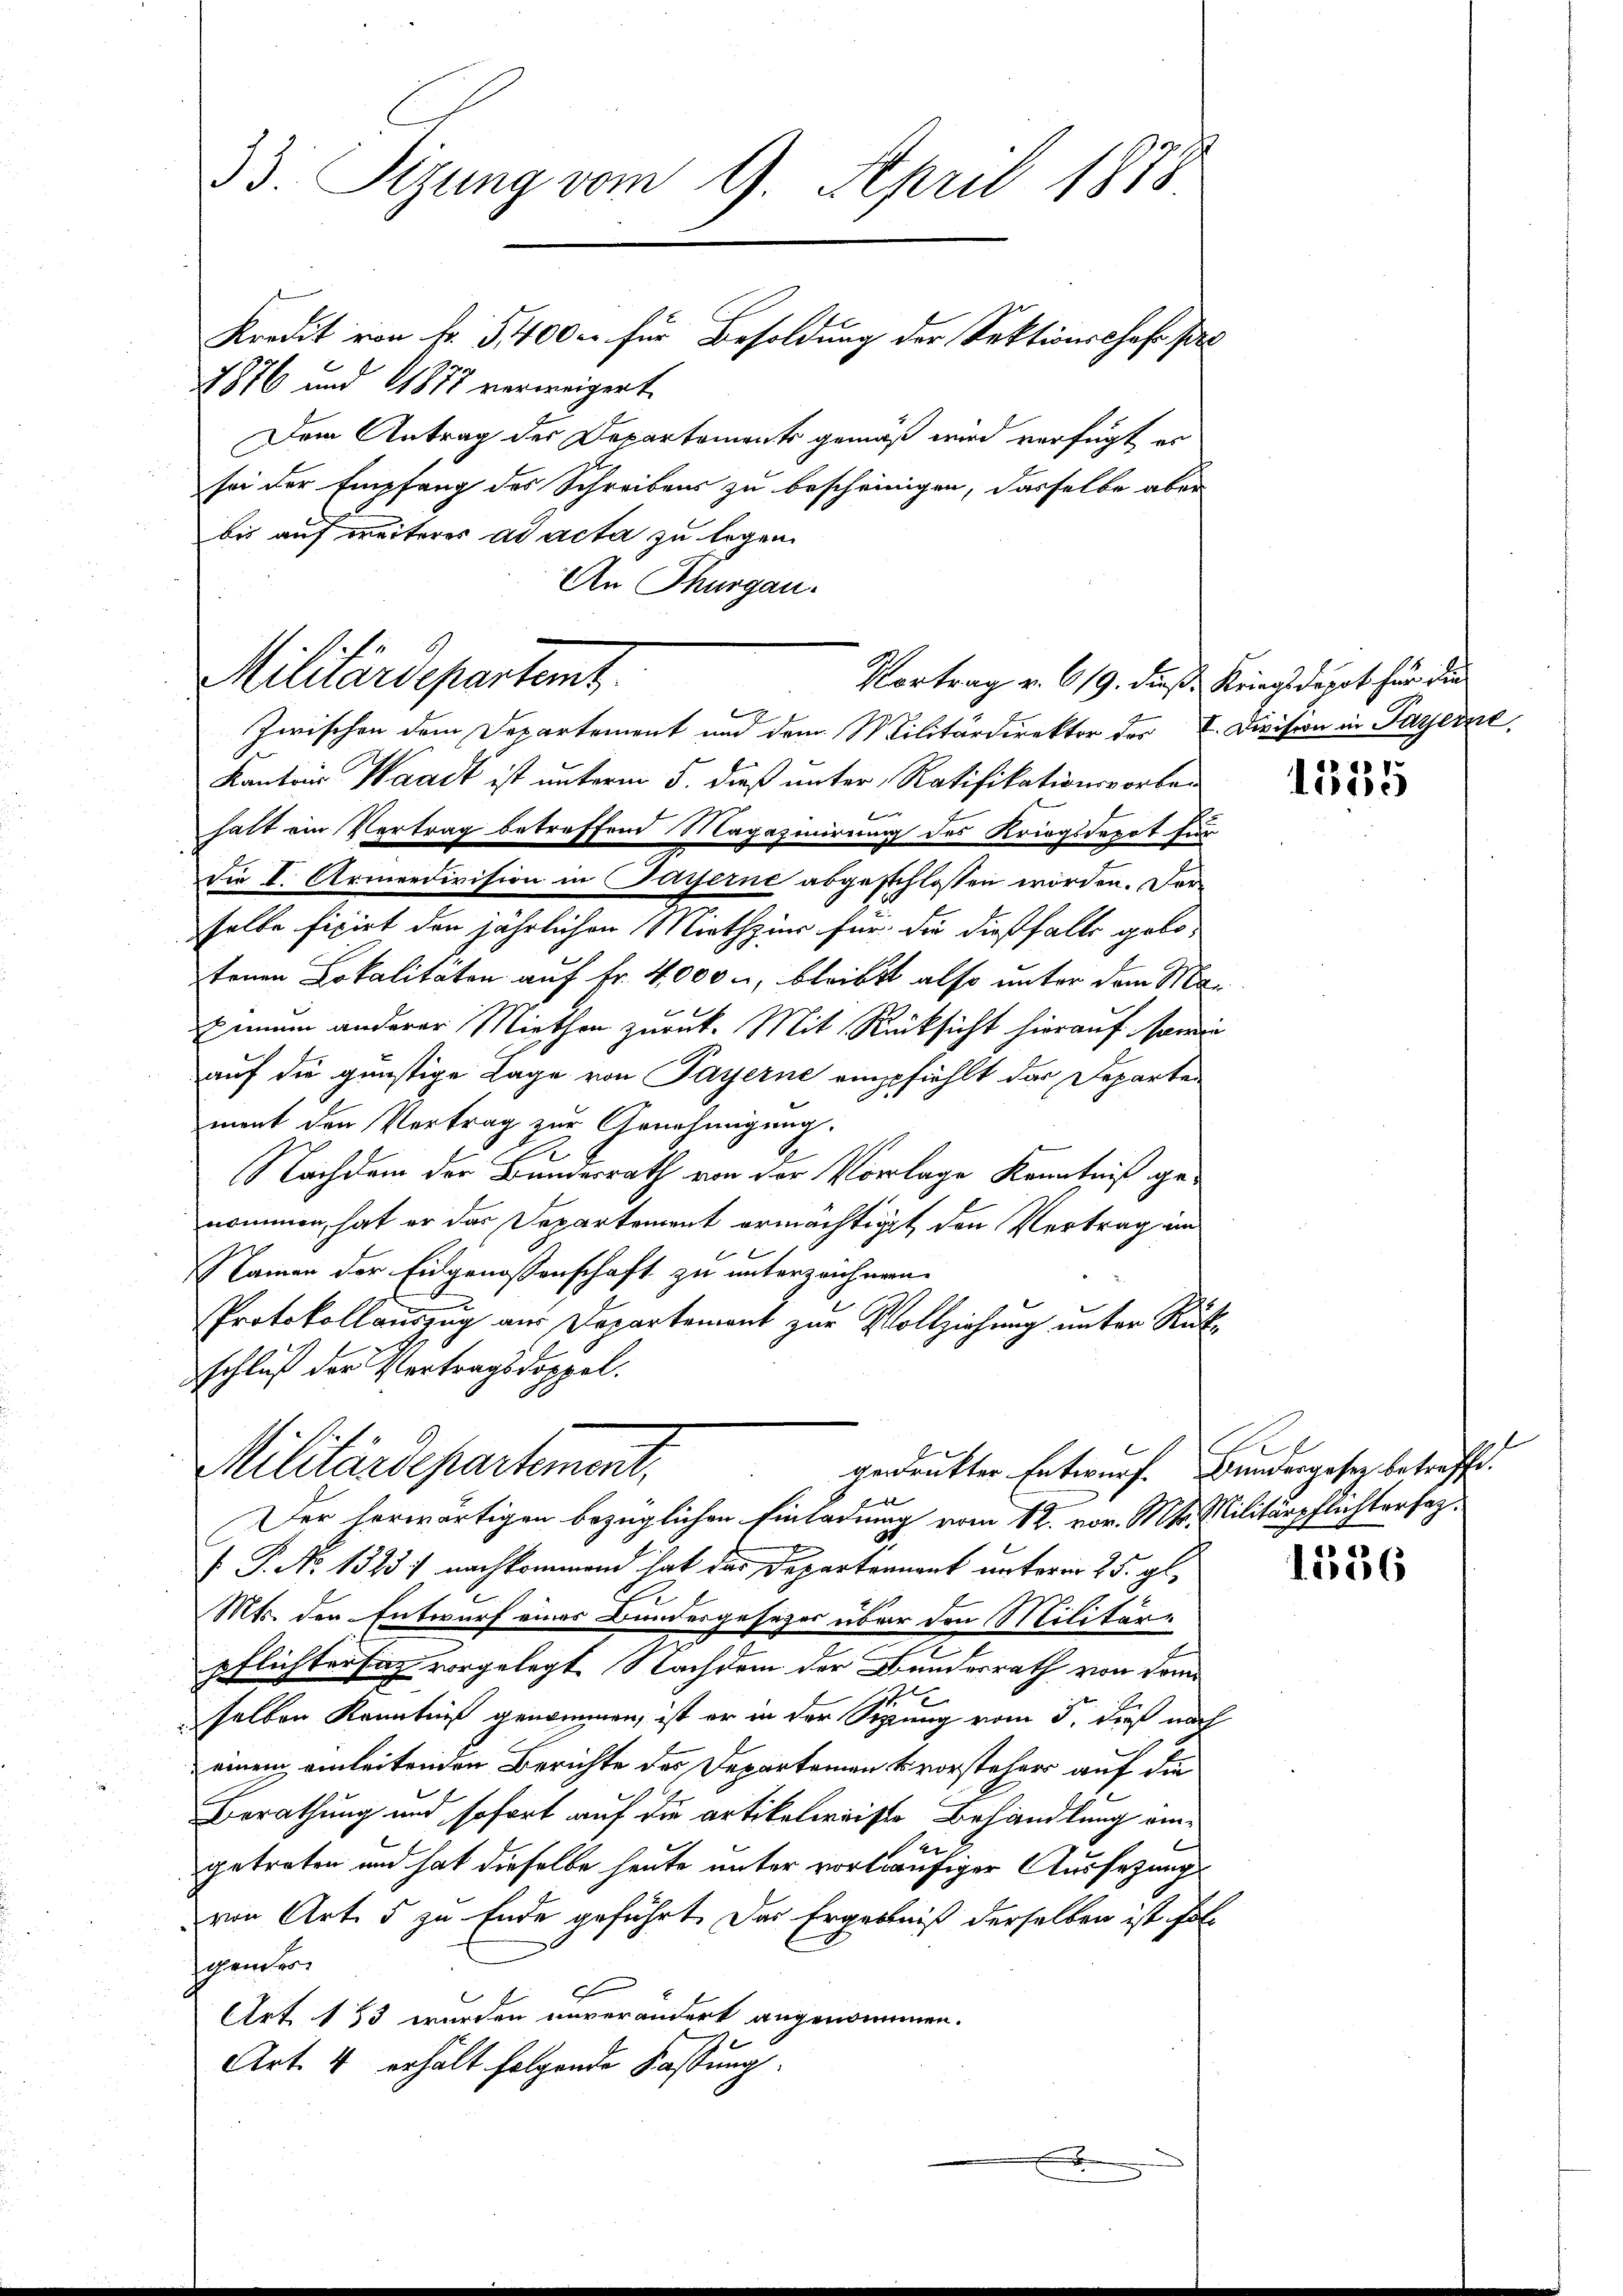
An Thurgau.

33. Tizung vom 9. April 1878
Kredit von f. 5400. für Besoldung der Sektionschaft pro
7876 und 1877 verweigert.
Dem Antrag des Departements gemäß wird verfügt er
sei der Empfang des Schreibens zu bescheinigen, dasselbe aber
bis auf weiteres ad acta zu legen.

Militärdepartamt.
Vortrag v. 619. dieß Kriegs depot für die

Zwischen dem Departement und dem Militärdirektor der E. Division in Payerne,
Kantons Waadt ist unterm 5. dieß unter Ratifikationsvorben
halt ein Vertrag betreffend Magazinirung des Kriegsdepot für
die I. Armeedivision in Passerne abgeschlossen worden. Darselbe fixirt den jährlichen Miethzier für die dießfalls golo-
tenen Lokalitäten auf Fr. 4,000 u, bleibst also unter dem Maenum anderer Miethen zurück. Mit Rücksicht hierauf sowie
auf die günstige Lage von Payerne empfiehlt das Departen
ment den Vertrag zur Genehmigung.
.
Nachdem der Bundesrath von der Vorlage Kenntniß genommen, hat er das Departement ermächtiget den Vertrag im
Namen der Eidgenossenschaft zu unterzeichnen.
Protokollauszug aus Departement zur Vollziehung unter Rückschluß der Vertragsdoppel.

Militärdepartement,
gedruckter Entwurf. Bundergesez betreffe.
Erheben

Der herwärtigen bezüglichen Einladung vom 12. vor. Mts. Militärpflichterfah¬
 P. No 1323) nachkommend hat das Departennant unterm 25. gl.
Mts. den Entwurf eines Bundesgesezes über den Militär-
pflichtersich vorgelegt. Nachdem der Bundesrath von dom
1
selben Kenntniß genommen, ist er in der Sipung vom 5. dieß nach
einem einleitenden Berichte des Departemen vorsteher auf die
Berathung und sofort auf die artikalieniste Behandlung einer
getreten und hat dieselbe heute unter vorläufiger Aussetzung
von Art. 5 zu Ende geführt. Das Ergebniß derselben ist fall
Johannern,
3
Art. 153 wurden unverändert angenommen.
Art. 4 erhält folgende Fassung.

1535

1156